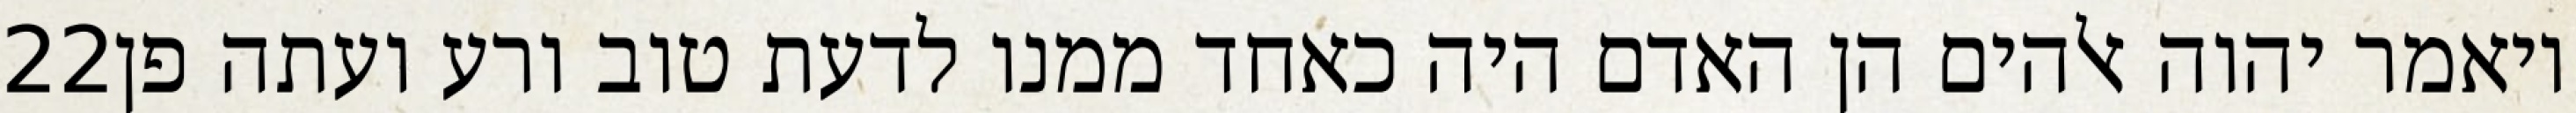
‎22‏ ויאמר יהוה אלהים הן האדם היה כאחד ממנו לדעת טוב ורע ועתה פן